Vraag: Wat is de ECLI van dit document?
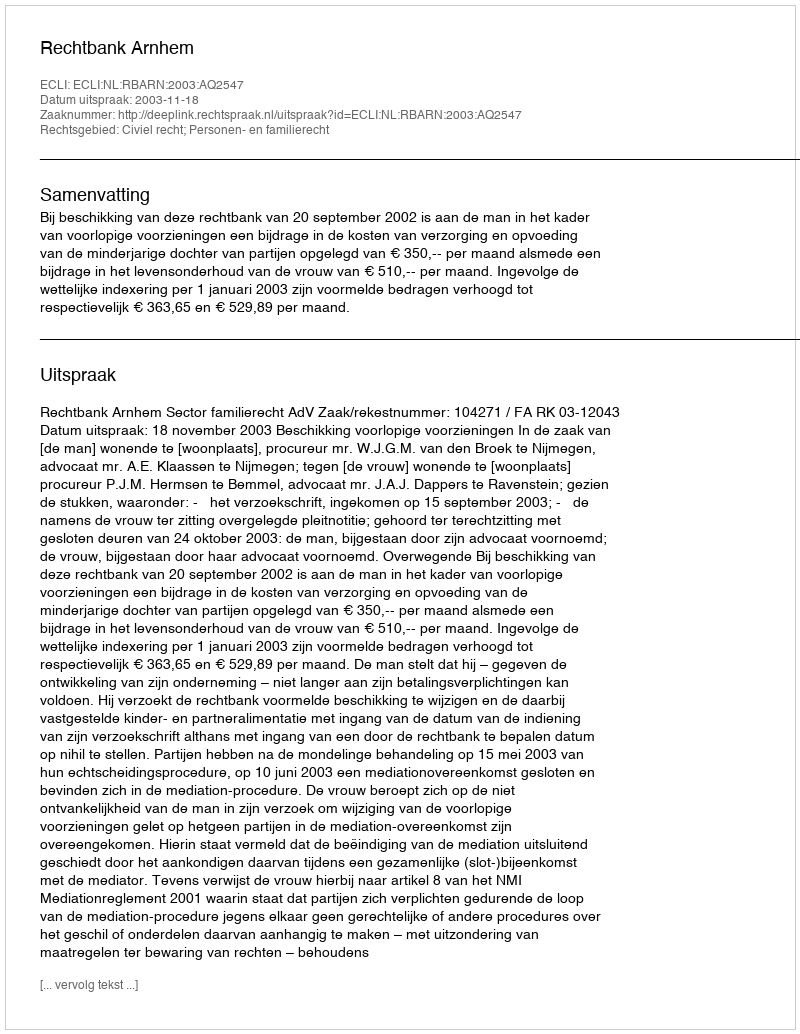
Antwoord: ECLI:NL:RBARN:2003:AQ2547